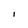
Character: I